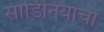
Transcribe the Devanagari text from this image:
सार्डिनियाचा